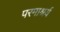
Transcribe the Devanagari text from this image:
परमाश्रर्य